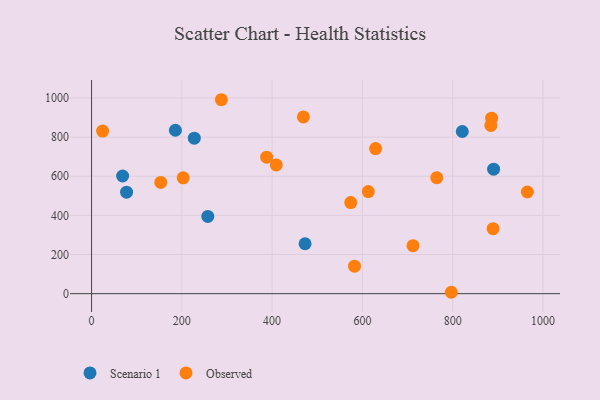
{"axis": {"x": "Price", "y": "Yield"}, "legend": ["Observed", "Scenario 1"], "data": [{"x": "68.8", "y": 601.3, "type": "Scenario 1"}, {"x": "821.3", "y": 828.6, "type": "Scenario 1"}, {"x": "473.0", "y": 255.2, "type": "Scenario 1"}, {"x": "890.7", "y": 636.1, "type": "Scenario 1"}, {"x": "77.6", "y": 518.8, "type": "Scenario 1"}, {"x": "257.5", "y": 394.7, "type": "Scenario 1"}, {"x": "227.6", "y": 794.8, "type": "Scenario 1"}, {"x": "185.7", "y": 835.1, "type": "Scenario 1"}, {"x": "764.7", "y": 592.6, "type": "Observed"}, {"x": "965.5", "y": 519.5, "type": "Observed"}, {"x": "889.6", "y": 332.1, "type": "Observed"}, {"x": "24.5", "y": 830.7, "type": "Observed"}, {"x": "613.1", "y": 521.9, "type": "Observed"}, {"x": "712.2", "y": 245.2, "type": "Observed"}, {"x": "153.3", "y": 568.7, "type": "Observed"}, {"x": "387.9", "y": 697.7, "type": "Observed"}, {"x": "203.0", "y": 592.0, "type": "Observed"}, {"x": "409.2", "y": 658.1, "type": "Observed"}, {"x": "469.3", "y": 903.1, "type": "Observed"}, {"x": "582.5", "y": 140.5, "type": "Observed"}, {"x": "884.6", "y": 860.0, "type": "Observed"}, {"x": "629.2", "y": 741.5, "type": "Observed"}, {"x": "797.0", "y": 7.1, "type": "Observed"}, {"x": "574.2", "y": 465.5, "type": "Observed"}, {"x": "886.3", "y": 896.7, "type": "Observed"}, {"x": "287.6", "y": 991.1, "type": "Observed"}]}